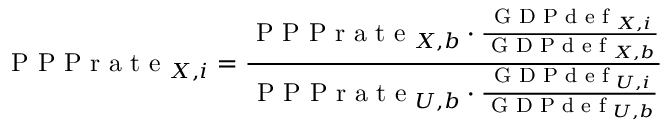
{ \textrm { P P P r a t e } } _ { X , i } = { \frac { { \textrm { P P P r a t e } } _ { X , b } \cdot { \frac { { \textrm { G D P d e f } } _ { X , i } } { { \textrm { G D P d e f } } _ { X , b } } } } { { \textrm { P P P r a t e } } _ { U , b } \cdot { \frac { { \textrm { G D P d e f } } _ { U , i } } { { \textrm { G D P d e f } } _ { U , b } } } } }